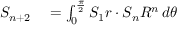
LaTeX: \begin{array} { r l } { S _ { n + 2 } } & { { } = \int _ { 0 } ^ { \frac { \pi } { 2 } } S _ { 1 } r \cdot S _ { n } R ^ { n } \, d \theta } \end{array}